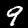
Label: 9